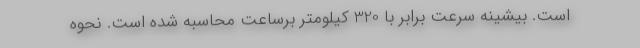
است. بیشینه سرعت برابر با 320 کیلومتر برساعت محاسبه شده است. نحوه